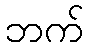
ဘက်